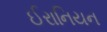
ઈરાનિયન